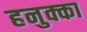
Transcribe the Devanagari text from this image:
हनुक्का